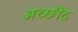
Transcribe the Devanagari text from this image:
अच्छीद